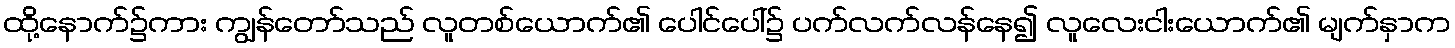
ထို့နောက်၌ကား ကျွန်တော်သည် လူတစ်ယောက်၏ ပေါင်ပေါ်၌ ပက်လက်လန်နေ၍ လူလေးငါးယောက်၏ မျက်နှာက